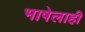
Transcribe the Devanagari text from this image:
भाषेलाही